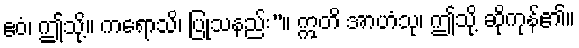
ဧဝံ၊ ဤသို့။ ကရောသိ၊ ပြုသနည်း”။ ဣတိ အာဟံသု၊ ဤသို့ ဆိုကုန်၏။